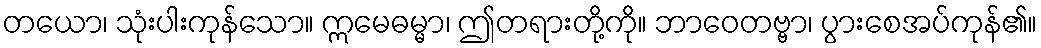
တယော၊ သုံးပါးကုန်သော။ ဣမေဓမ္မာ၊ ဤတရားတို့ကို။ ဘာဝေတဗ္ဗာ၊ ပွားစေအပ်ကုန်၏။